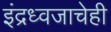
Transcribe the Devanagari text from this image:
इंद्रध्वजाचेही